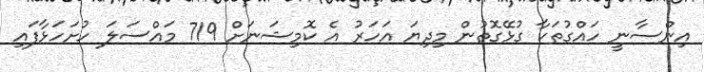
އިންސާނީ ހައްގުތަކާ ގުޅޭގޮތުން މިދިޔަ އަހަރު އެ ކޮމިޝަނަށް 719 މައްސަލަ ހުށަހަޅާފައި